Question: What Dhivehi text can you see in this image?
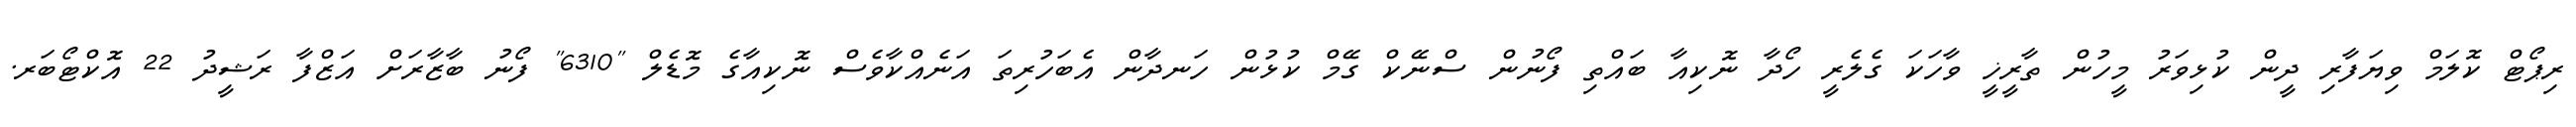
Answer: ރިޕޯޓް ކޮލަމް ވިޔަފާރި ދީން ކުޅިވަރު މީހުން ތާރީޚީ ވާހަކަ ގެލެރީ ހޯދާ ނޮކިއާ ބައްތި ފޯނުން ސްނޭކް ގޭމް ކުޅުން ހަނދާން އެބަހުރިތަ އަނެއްކާވެސް ނޮކިއާގެ މޮޑެލް "6310" ފޯނު ބާޒާރަށް އަޒްފާ ރަޝީދު 22 އޮކްޓޯބަރ.